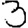
Digit: 3